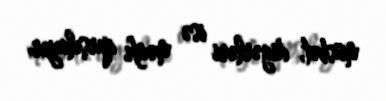
müsbət, digərləri isə mənfi qarşılayır.